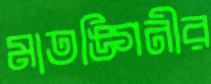
মাতঙ্গিনীর